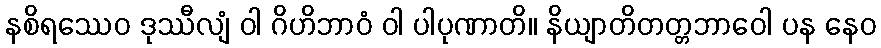
နစိရဿေဝ ဒုဿီလျံ ဝါ ဂိဟိဘာဝံ ဝါ ပါပုဏာတိ။ နိယျာတိတတ္တဘာဝေါ ပန နေဝ